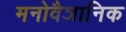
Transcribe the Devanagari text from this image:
मनोवैञानिक